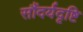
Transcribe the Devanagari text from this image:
सौंदर्यदृष्टि